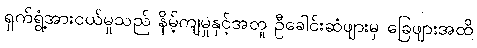
ရှက်ရွံ့အားငယ်မှုသည် နိမ့်ကျမှုနှင့်အတူ ဦခေါင်းဆံဖျားမှ ခြေဖျားအထိ